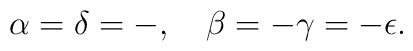
\alpha = \delta = -, \quad \beta = -\gamma = -\epsilon.